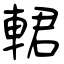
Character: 輑